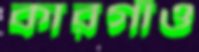
কারগাঁও